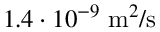
1 . 4 \cdot 1 0 ^ { - 9 } \; \mathrm { m } ^ { 2 } / \mathrm { s }